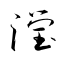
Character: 瀅